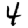
Digit: 4